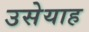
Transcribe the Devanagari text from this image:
उसेयाह